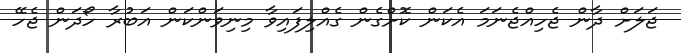
ޖަލަށް ދާން ޖެހިއްޖެނަމަ އެކަން ކޮށްގެން ގެއްލިފައިވާ މިނިވަންކަން އަބުރާ ހޯދަން ޖެހޭ